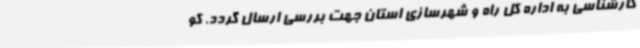
کارشناسی به اداره کل راه و شهرسازی استان جهت بررسی ارسال گردد. کو